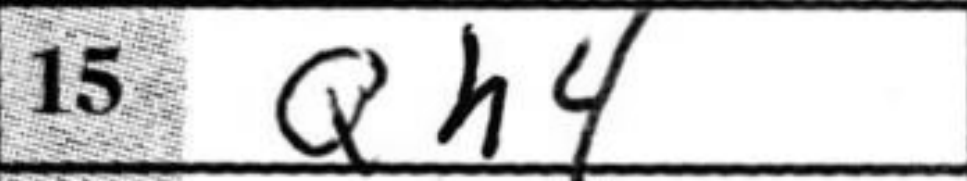
Transcription: Qh4